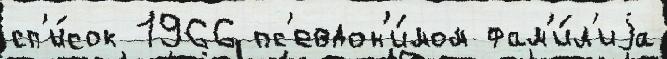
сп'и́сок 1966 пс'евдон'и́мом фам'и́л'иjа